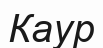
Каур